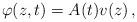
LaTeX: \begin{align*} \varphi(z,t)=A(t)v(z)\, ,\end{align*}